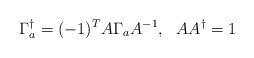
LaTeX: \begin{align*}\Gamma_a^{\dagger}=(-1)^T A\Gamma_a A^{-1},~~AA^{\dagger} = 1\end{align*}